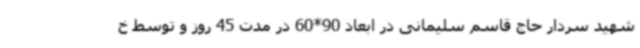
شهید سردار حاج قاسم سلیمانی در ابعاد 90*60 در مدت 45 روز و توسط خ